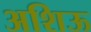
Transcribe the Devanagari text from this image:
अशिऊ